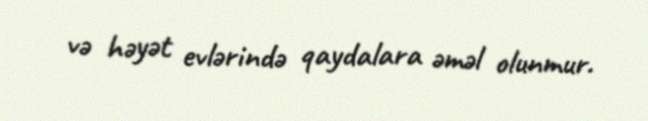
və həyət evlərində qaydalara əməl olunmur.